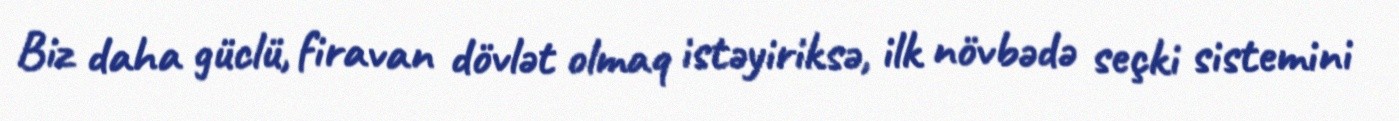
Biz daha güclü, firavan dövlət olmaq istəyiriksə, ilk növbədə seçki sistemini